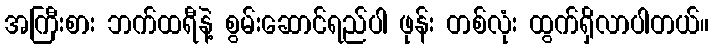
အကြီးစား ဘက်ထရီနဲ့ စွမ်းဆောင်ရည်ပါ ဖုန်း တစ်လုံး ထွက်ရှိလာပါတယ်။